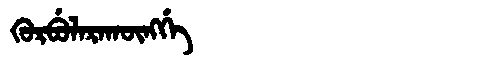
Manchu: ᡴᡠᡵᠪᡠᠯᠠᡵᠠᡴᡡᠩᡤᡝ
Romanization: KURBULARAKŪNGGE